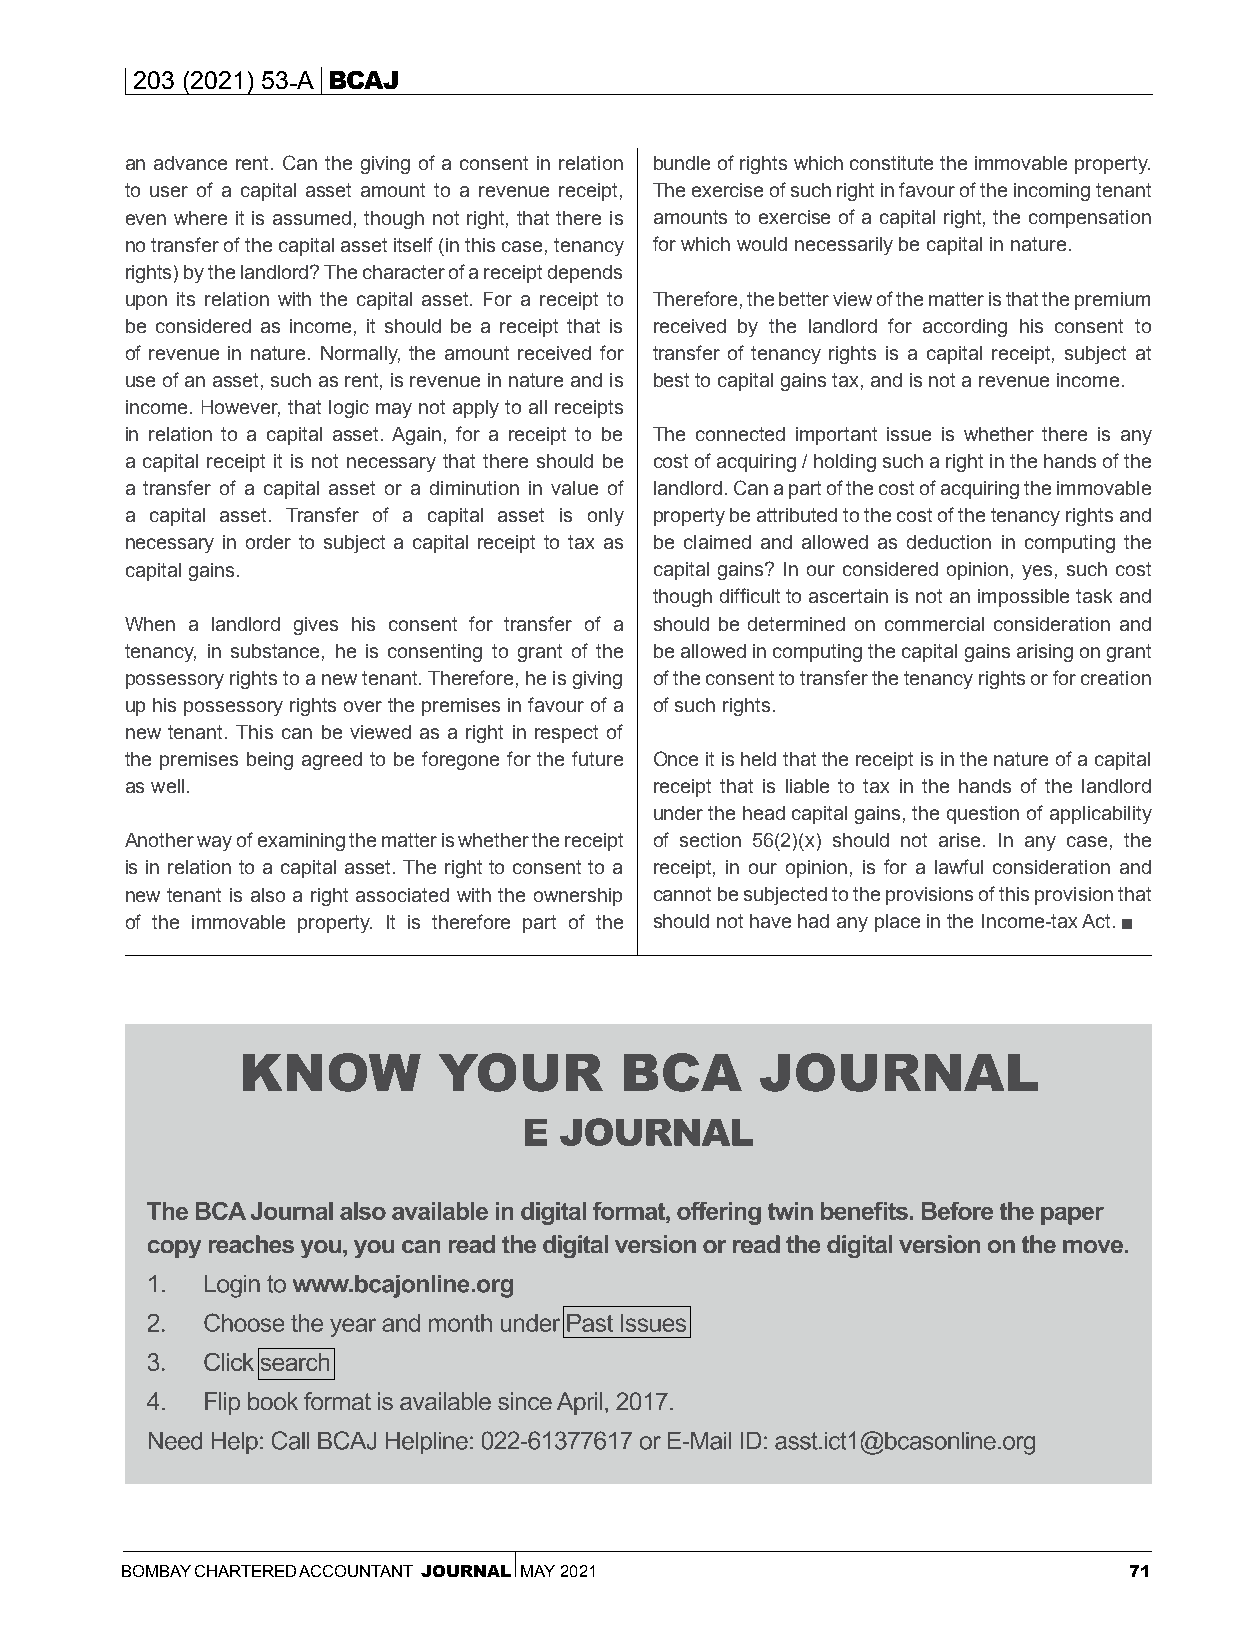
203 (2021) 53-A BCAJ
 an advance rent. Can the giving of a consent in relation bundle of rights which constitute the immovable property.
 to user of a capital asset amount to a revenue receipt, The exercise of such right in favour of the incoming tenant
 even where it is assumed, though not right, that there is amounts to exercise of a capital right, the compensation
 no transfer of the capital asset itself (in this case, tenancy for which would necessarily be capital in nature.
 rights) by the landlord? The character of a receipt depends
 upon its relation with the capital asset. For a receipt to Therefore, the better view of the matter is that the premium
 be considered as income, it should be a receipt that is received by the landlord for according his consent to
 of revenue in nature. Normally, the amount received for transfer of tenancy rights is a capital receipt, subject at
 use of an asset, such as rent, is revenue in nature and is best to capital gains tax, and is not a revenue income.
 income. However, that logic may not apply to all receipts
 in relation to a capital asset. Again, for a receipt to be The connected important issue is whether there is any
 a capital receipt it is not necessary that there should be cost of acquiring / holding such a right in the hands of the
 a transfer of a capital asset or a diminution in value of landlord. Can a part of the cost of acquiring the immovable
 a capital asset. Transfer of a capital asset is only property be attributed to the cost of the tenancy rights and
 necessary in order to subject a capital receipt to tax as be claimed and allowed as deduction in computing the
 capital gains.                     capital gains? In our considered opinion, yes, such cost
 though difficult to ascertain is not an impossible task and
 When a landlord gives his consent for transfer of a should be determined on commercial consideration and
 tenancy, in substance, he is consenting to grant of the be allowed in computing the capital gains arising on grant
 possessory rights to a new tenant. Therefore, he is giving of the consent to transfer the tenancy rights or for creation
 up his possessory rights over the premises in favour of a of such rights.
 new tenant. This can be viewed as a right in respect of
 the premises being agreed to be foregone for the future Once it is held that the receipt is in the nature of a capital
 as well.                           receipt that is liable to tax in the hands of the landlord
 under the head capital gains, the question of applicability
 Another way of examining the matter is whether the receipt of section 56(2)(x) should not arise. In any case, the
 is in relation to a capital asset. The right to consent to a receipt, in our opinion, is for a lawful consideration and
 new tenant is also a right associated with the ownership cannot be subjected to the provisions of this provision that
 of the immovable property. It is therefore part of the should not have had any place in the Income-tax Act.
 BOMBAY CHARTERED ACCOUNTANT JOURNAL MAY 2021                       71